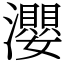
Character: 瀴